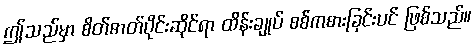
ဤသည်မှာ စိတ်ဓာတ်ပိုင်းဆိုင်ရာ ထိန်းချုပ် စစ်ကစားခြင်းပင် ဖြစ်သည်။